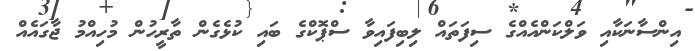
އިންސާނަކާއި ވަލްކަންއެއްގެ ސިފަތައް ލިބިފައިވާ ސްޕޮކްގެ ބައި ކުޅެގެން ތާރީހުން މުހިއްމު ޖާގައެއް